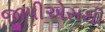
જીપીએસથી